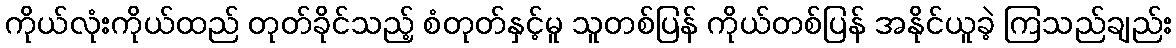
ကိုယ်လုံးကိုယ်ထည် တုတ်ခိုင်သည့် စံတုတ်နှင့်မူ သူတစ်ပြန် ကိုယ်တစ်ပြန် အနိုင်ယူခဲ့ ကြသည်ချည်း